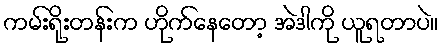
ကမ်းရိုးတန်းက ဟိုက်နေတော့ အဲဒါကို ယူရတာပဲ။